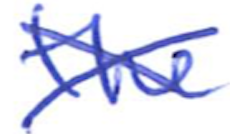
Text: the
Cross-out: mix
Writing tool: ballpoint